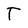
Character: T